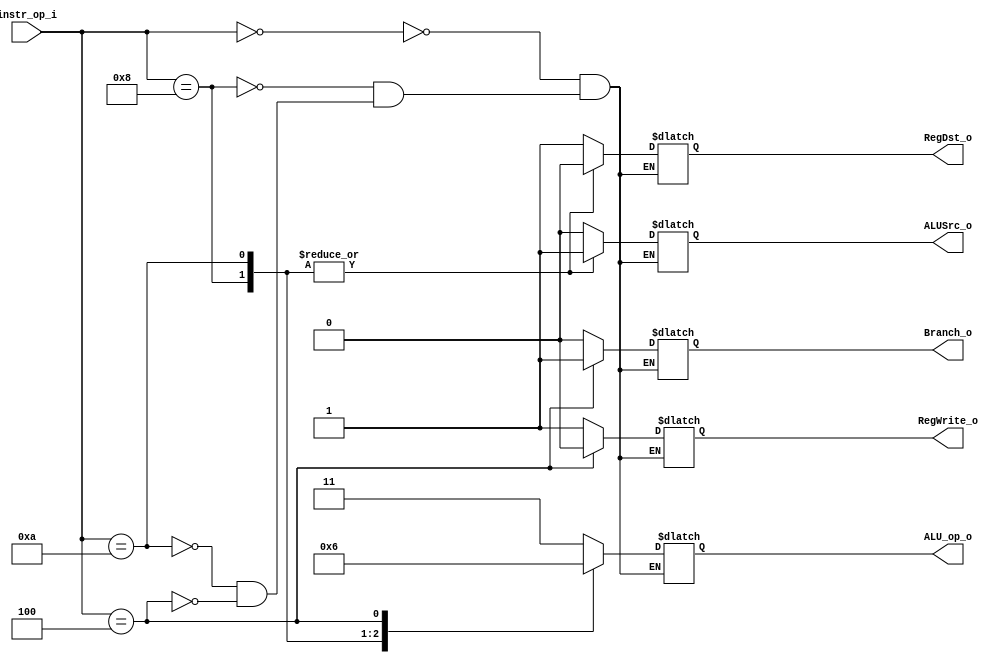
//Subject:     CO project 2 - Decoder
//--------------------------------------------------------------------------------
//Version:     1
//--------------------------------------------------------------------------------
//Writer:      Luke
//----------------------------------------------
//Date:        
//----------------------------------------------
//Description: 
//--------------------------------------------------------------------------------
`timescale 1ns/1ps
module Decoder(
    instr_op_i,
	RegWrite_o,
	ALU_op_o,
	ALUSrc_o,
	RegDst_o,
	Branch_o
	);
     
//I/O ports
input  [6-1:0] instr_op_i;

output         RegWrite_o;
output [2-1:0] ALU_op_o;
output         ALUSrc_o;
output         RegDst_o;
output         Branch_o;
 
//Internal Signals
reg    [2-1:0] ALU_op_o;
reg            ALUSrc_o;
reg            RegWrite_o;
reg            RegDst_o;
reg            Branch_o;

//Parameter


//Main function

always@ (*) begin
    case(instr_op_i)
        6'b000000: begin // R format
            RegDst_o = 1;
            ALUSrc_o = 0;
            RegWrite_o = 1;
            Branch_o = 0;
            ALU_op_o = 2'b11;
        end
        
        6'b001000: begin // addi
            RegDst_o = 0;
            ALUSrc_o = 1;
            RegWrite_o = 1;
            Branch_o = 0;
            ALU_op_o = 2'b00;
        end
        
        6'b001010: begin // slti
            RegDst_o = 0;
            ALUSrc_o = 1;
            RegWrite_o = 1;
            Branch_o = 0;
            ALU_op_o = 2'b01;
        end
        
        6'b000100: begin // beq
            RegDst_o = 1; // 0 or 1 ok
            ALUSrc_o = 0;
            RegWrite_o = 0;
            Branch_o = 1;
            ALU_op_o = 2'b10;
        end
   endcase
end         
endmodule